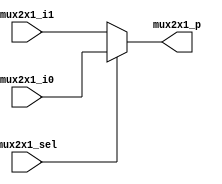
`timescale 1ns / 1ps
//////////////////////////////////////////////////////////////////////////////////
// Company: 
// Engineer: 
// 
// Design Name: 
// Module Name: mux2x1
// Project Name: 
// Target Devices: 
// Tool Versions: 
// Description: 
// 
// Dependencies: 
// 
// Revision:
// Revision 0.01 - File Created
// Additional Comments:
// 
//////////////////////////////////////////////////////////////////////////////////


module mux2x1(
    input mux2x1_sel,
    input[3:0] mux2x1_i1,
    input[3:0] mux2x1_i0, 
    output[3:0] mux2x1_p
    );
    
    assign mux2x1_p = (mux2x1_sel) ? mux2x1_i0 : mux2x1_i1;
    
endmodule